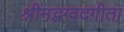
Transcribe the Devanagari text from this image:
श्रीमद्भग्वदगीता